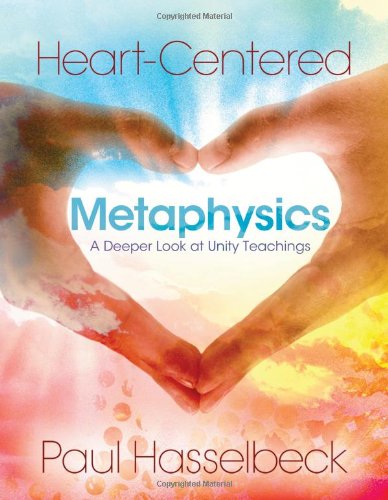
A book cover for Heart-Centered Metaphysics; Paul Hasselbeck; Politics & Social Sciences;